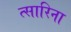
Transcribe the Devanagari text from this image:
त्सारिना